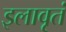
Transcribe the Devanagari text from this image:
इलावृतं